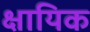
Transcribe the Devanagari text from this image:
क्षायिक